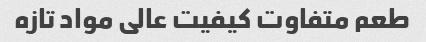
طعم متفاوت کیفیت عالی مواد تازه